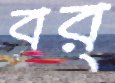
বর্